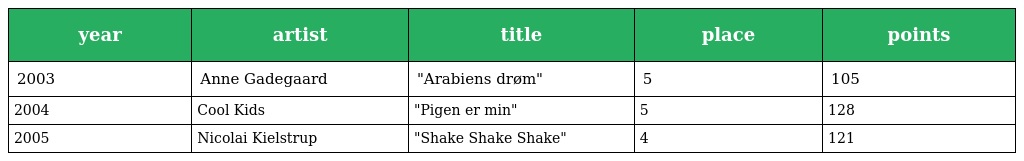
| year | artist | title | place | points |
 | --- | --- | --- | --- | --- |
 | 2003 | Anne Gadegaard | "Arabiens drøm" | 5 | 105 |
 | 2004 | Cool Kids | "Pigen er min" | 5 | 128 |
 | 2005 | Nicolai Kielstrup | "Shake Shake Shake" | 4 | 121 |